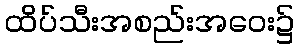
ထိပ်သီးအစည်းအဝေး၌